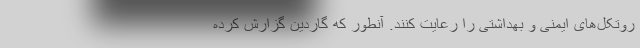
روتکل‌های ایمنی و بهداشتی را رعایت کنند. آنطور که گاردین گزارش کرده